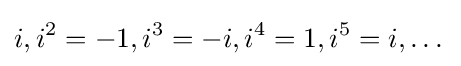
i,i^{2}=-1,i^{3}=-i,i^{4}=1,i^{5}=i,\dots